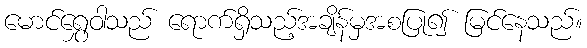
မောင်ရွှေဝါသည် ရောက်ရှိသည့်အချိန်မှအစပြု၍ မြင်နေသည်။